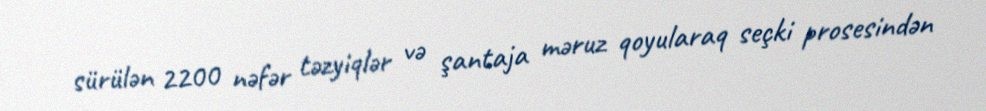
sürülən 2200 nəfər təzyiqlər və şantaja məruz qoyularaq seçki prosesindən